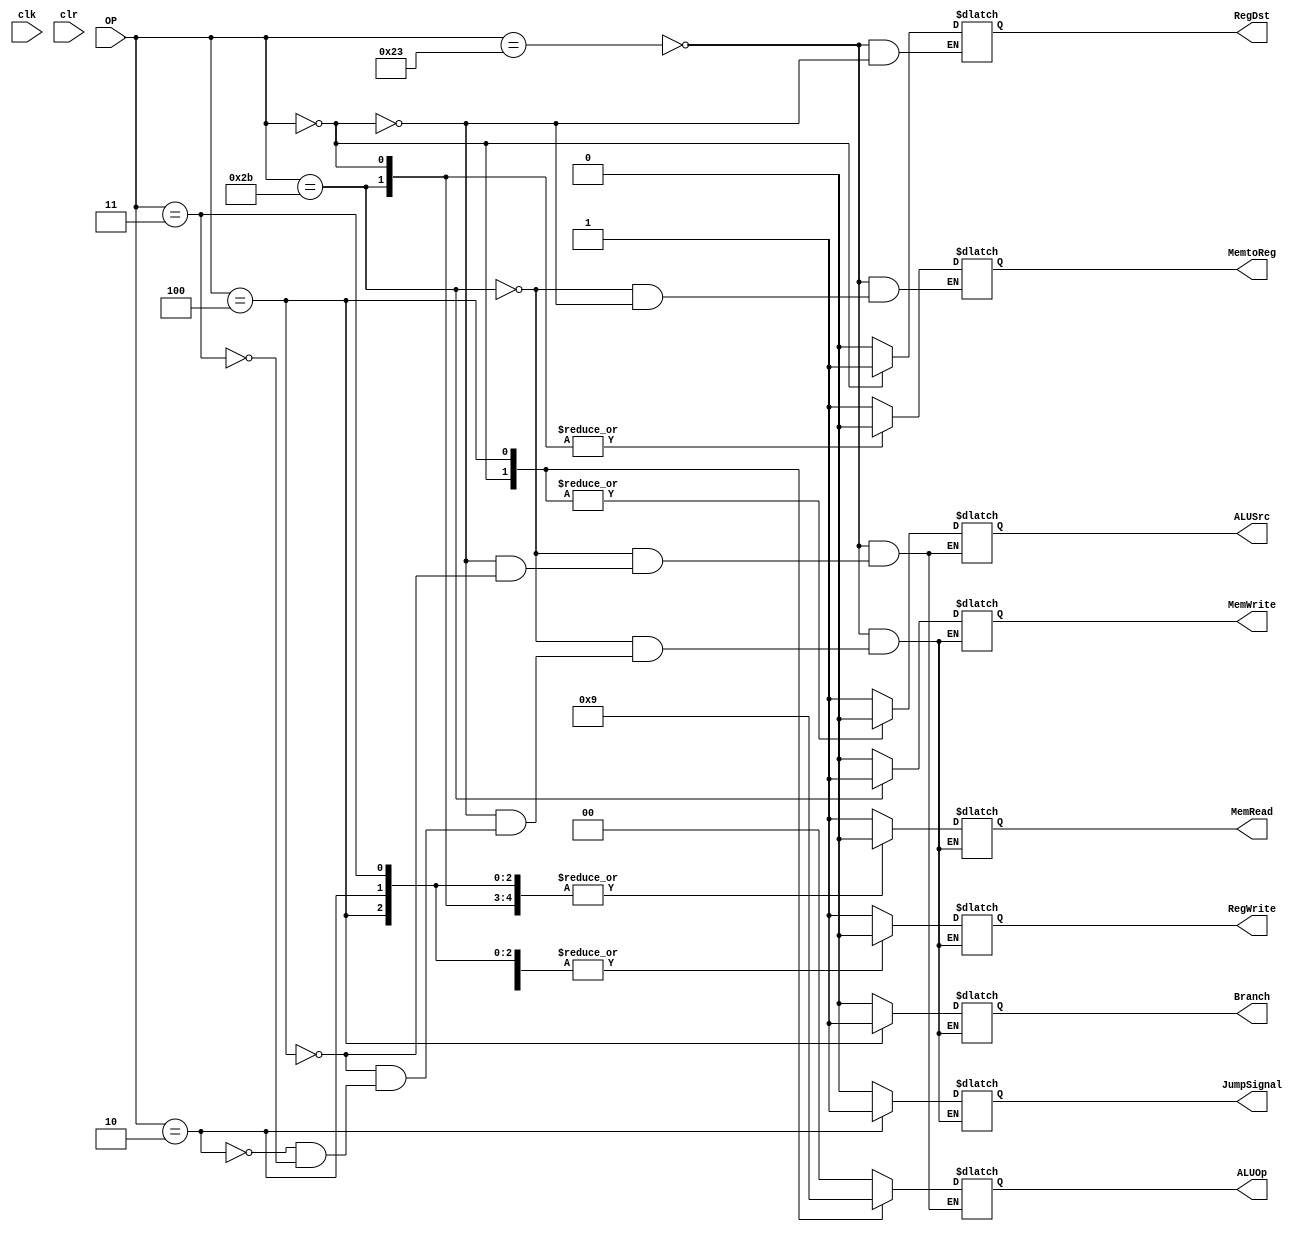
module mcu_1(clk, clr, OP, MemRead, MemWrite, MemtoReg, ALUOp, ALUSrc, RegWrite, RegDst, Branch, JumpSignal);
input clk, clr;
input [5:0] OP;
output MemRead, MemWrite, MemtoReg, ALUSrc, RegWrite, RegDst, Branch, JumpSignal;
reg MemRead, MemWrite, MemtoReg, ALUSrc, RegWrite, RegDst, Branch, JumpSignal;
output [1:0] ALUOp;
reg [1:0] ALUOp;
always @(OP)
begin
	case (OP)
	6'b100011:	
	begin
		MemRead		=	1;
		MemWrite	=	0;
		MemtoReg	=	1;
		ALUOp		=	2'b00;
		ALUSrc		=	1;
		RegWrite	=	1;
		RegDst		=	0;
		Branch		=	0;
		JumpSignal	=	0;
	end
	6'b101011: 
	begin
		MemRead		=	0;
		MemWrite	=	1;
		MemtoReg	=	0;
		ALUOp		=	2'b00;
		ALUSrc		=	1;
		RegWrite	=	0;
		Branch		=	0;			
		JumpSignal	=	0;	
	end
	0:	
	begin
		MemRead		=	0;
		MemWrite	=	0;
		MemtoReg	=	0;
		ALUOp		=	2'b10;
		ALUSrc		=	0;
		RegWrite	=	1;
		RegDst		=	1;
		Branch		=	0;		
		JumpSignal	=	0;
	end
	4:	
	begin
		MemRead		=	0;
		MemWrite	=	0;
		ALUOp		=	2'b01;
		ALUSrc		=	0;
		RegWrite	=	0;
		Branch		=	1;	
		JumpSignal	=	0;			
	end
	2:	
	begin
		MemRead		=	0;
		MemWrite	=	0;
		RegWrite	=	0;
		Branch		=	0;		
		JumpSignal	=	1;	
	end
	3:	
	begin		
		MemRead		=	0;
		MemWrite	=	0;
		RegWrite	=	0;
		Branch		=	0;
		JumpSignal	=	0;
	end
	endcase
end
initial
begin
	MemRead		=	0;
	MemWrite	=	0;
	RegWrite	=	0;
	Branch		=	0;
	JumpSignal	=	0;	
end
endmodule